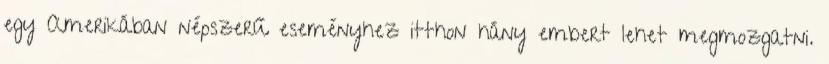
egy Amerikában népszerű eseményhez itthon hány embert lehet megmozgatni.